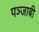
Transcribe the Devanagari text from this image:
पञ्जाबी